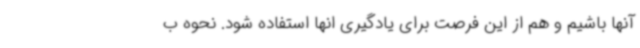
آنها باشیم و هم از این فرصت برای یادگیری انها استفاده شود. نحوه ب